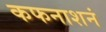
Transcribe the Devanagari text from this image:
कफनाशनं